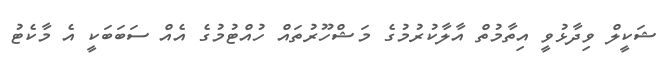
ޝަކީލް ވިދާޅުވީ އިތާމުތް އާލާކުރުމުގެ މަޝްހޫރުތައް ހުއްޓުމުގެ އެއް ސަބަބަކީ އެ މާކެޓު